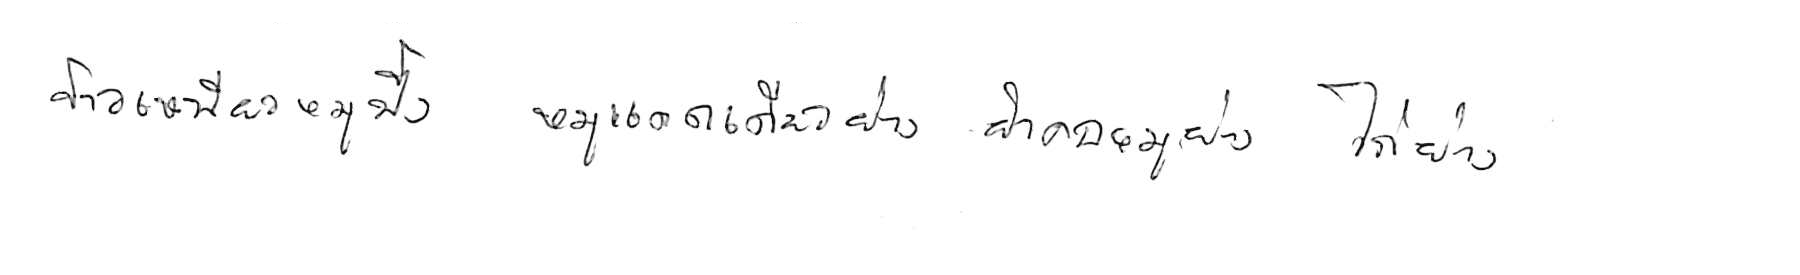
ข้าวเหนียวหมูปิ้ง หมูแดดเดียวย่าง ยำคอหมูย่าง ไก่ย่าง